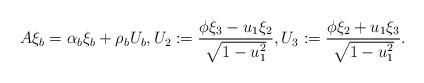
LaTeX: \begin{align*}A\xi_b=\alpha_b\xi_b+\rho_bU_b, U_2:=\dfrac{\phi\xi_3-u_1\xi_2}{\sqrt{1-u_1^2}},U_3:=\dfrac{\phi\xi_2+u_1\xi_3}{\sqrt{1-u_1^2}}.\end{align*}